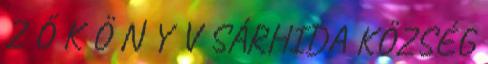
Z Ő K Ö N Y V SÁRHIDA KÖZSÉG